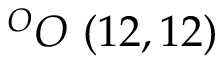
^ { O } O \ ( 1 2 , 1 2 )